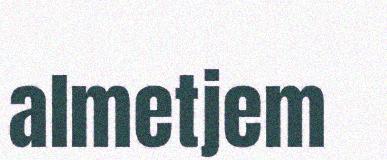
almetjem